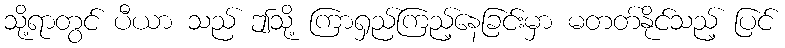
သို့ရာတွင် ပီယာ သည် ဤသို့ ကြာရှည်ကြည့်နေခြင်းမှာ မတတ်နိုင်သည့် ပြင်